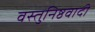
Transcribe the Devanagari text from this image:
वस्तुनिष्ठवादी